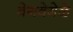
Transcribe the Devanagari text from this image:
वेगवेगेळे